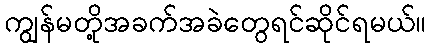
ကျွန်မတို့အခက်အခဲတွေရင်ဆိုင်ရမယ်။